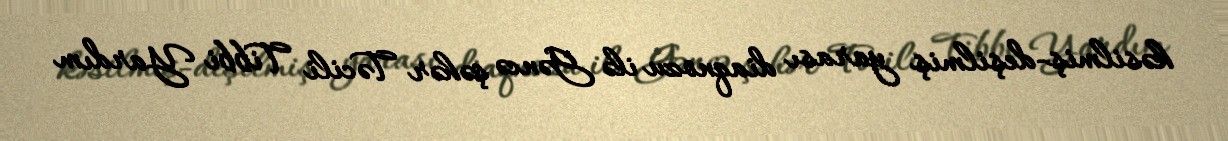
kəsilmiş-deşilmiş yarası diaqnozu ilə Gəncə şəhər Təcili Tibbi Yardım